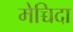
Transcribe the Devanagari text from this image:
मेच्चिदा